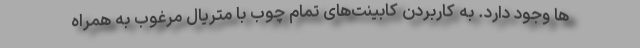
ها وجود دارد. به کاربردن کابینت‌های تمام چوب با متریال مرغوب به همراه